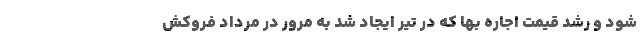
شود و رشد قیمت اجاره بها که در تیر ایجاد شد به مرور در مرداد فروکش